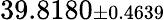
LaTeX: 39.8180{\scriptstyle\pm 0.4639}